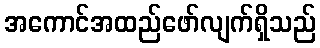
အကောင်အထည်ဖော်လျက်ရှိသည်